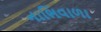
નાભિવાળા